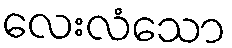
လေးလံသော